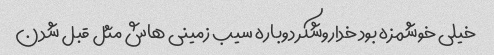
خیلی خوشمزه بود خداروشکر دوباره سیب زمینی هاش مثل قبل شدن